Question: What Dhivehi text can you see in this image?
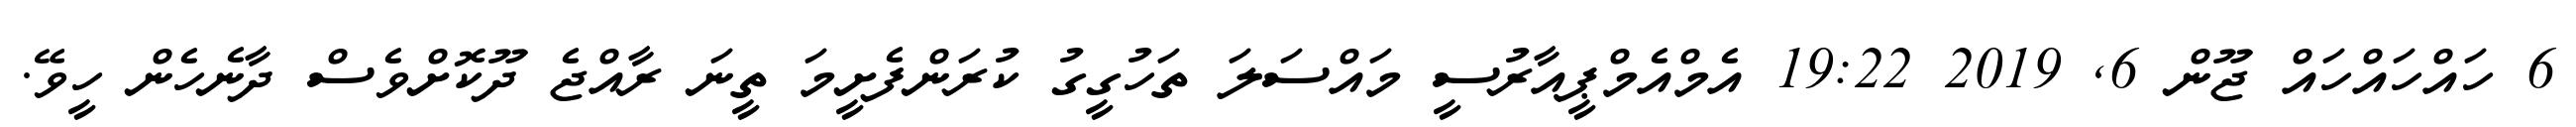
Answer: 6 ހައްހައްހައް ޖޫން 6, 2019 19:22 އެމްއެމްޕީއާރުސީ މައްސަލަ ތަހުގީގު ކުރަންފެށީމަ ތީނަ ރާއްޖެ ދޫކޮށްވެސް ދާނެހެން ހީވޭ.